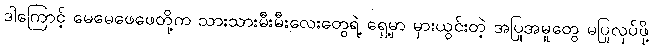
ဒါကြောင့် မေမေဖေဖေတို့က သားသားမီးမီးလေးတွေရဲ့ ရှေ့မှာ မှားယွင်းတဲ့ အပြုအမူတွေ မပြုလုပ်ဖို့